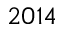
2 0 1 4